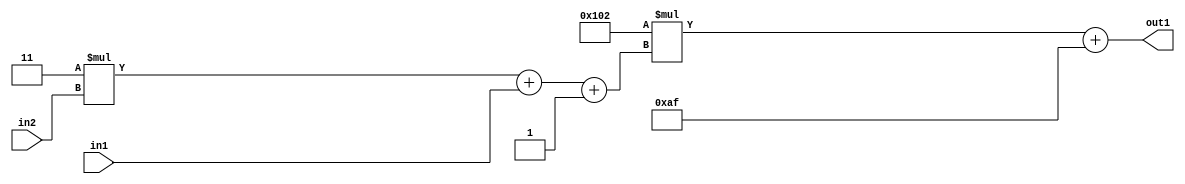
`timescale 1ps / 1ps
/*****************************************************************************
    Verilog RTL Description
    
    
    Created by: Stratus DpOpt 2019.1.01 
*******************************************************************************/

module DC_Filter_Add2i175Mul2i258Add3i1u1Mul2i3u2_1 (
	in2,
	in1,
	out1
	); /* architecture "behavioural" */ 
input [1:0] in2;
input  in1;
output [11:0] out1;
wire [11:0] asc001;
wire [3:0] asc002;

wire [3:0] asc002_tmp_0;
wire [3:0] asc002_tmp_1;
assign asc002_tmp_1 = 
	+(4'B0011 * in2);
assign asc002_tmp_0 = asc002_tmp_1
	+(in1);
assign asc002 = asc002_tmp_0
	+(4'B0001);

wire [11:0] asc001_tmp_2;
assign asc001_tmp_2 = 
	+(12'B000100000010 * asc002);
assign asc001 = asc001_tmp_2
	+(12'B000010101111);

assign out1 = asc001;
endmodule

/* CADENCE  vrT0Qws= : u9/ySgnWtBlWxVPRXgAZ4Og= ** DO NOT EDIT THIS LINE ******/